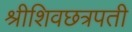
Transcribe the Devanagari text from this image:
श्रीशिवछत्रपती